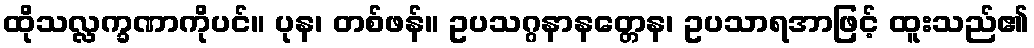
ထိုသလ္လက္ခဏာကိုပင်။ ပုန၊ တစ်ဖန်။ ဥပသဂ္ဂနာနတ္တေန၊ ဥပသာရအာဖြင့် ထူးသည်၏